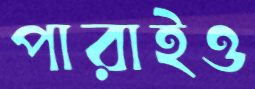
পারাইও